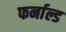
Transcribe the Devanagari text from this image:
फर्नाल्ड